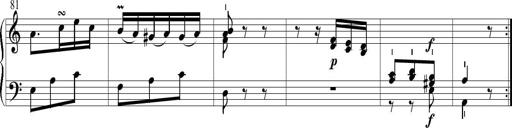
Title: 6 Leichte Sonatinen, Teil 1
Composer: F. Sigismund Sander